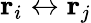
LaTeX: \mathbf{r}_{i}\leftrightarrow\mathbf{r}_{j}